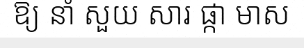
ឱ្យ នាំ សួយ សារ ផ្កា មាស